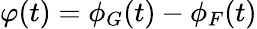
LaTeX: \varphi(t)=\phi_{G}(t)-\phi_{F}(t)